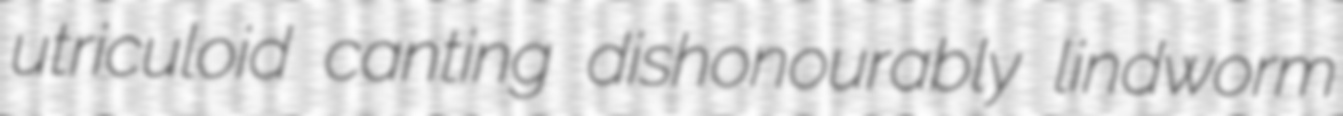
utriculoid canting dishonourably lindworm